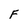
Character: F